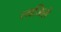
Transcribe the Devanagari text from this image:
त्यजिले